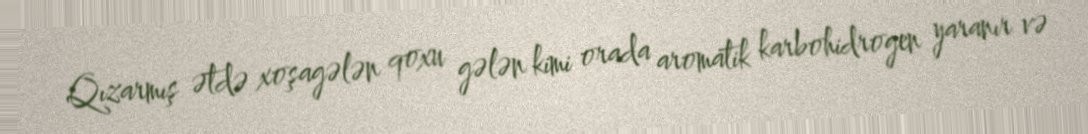
Qızarmış ətdə xoşagələn qoxu gələn kimi orada aromatik karbohidrogen yaranır və